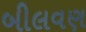
બીલવણ